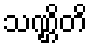
သဏ္ဌိတိ